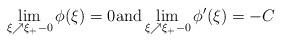
LaTeX: \begin{align*}\lim_{\xi \nearrow \xi_{+} -0} \phi(\xi) = 0{\rm and} \lim_{\xi \nearrow \xi_{+} -0} \phi'(\xi) = -C \end{align*}